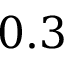
0 . 3